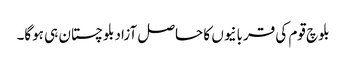
بلوچ قوم کی قربانیوں کا حاصل آزادبلوچستان ہی ہوگا۔